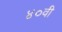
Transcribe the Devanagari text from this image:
४०वी